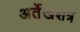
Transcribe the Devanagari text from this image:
अर्तेखशत्र